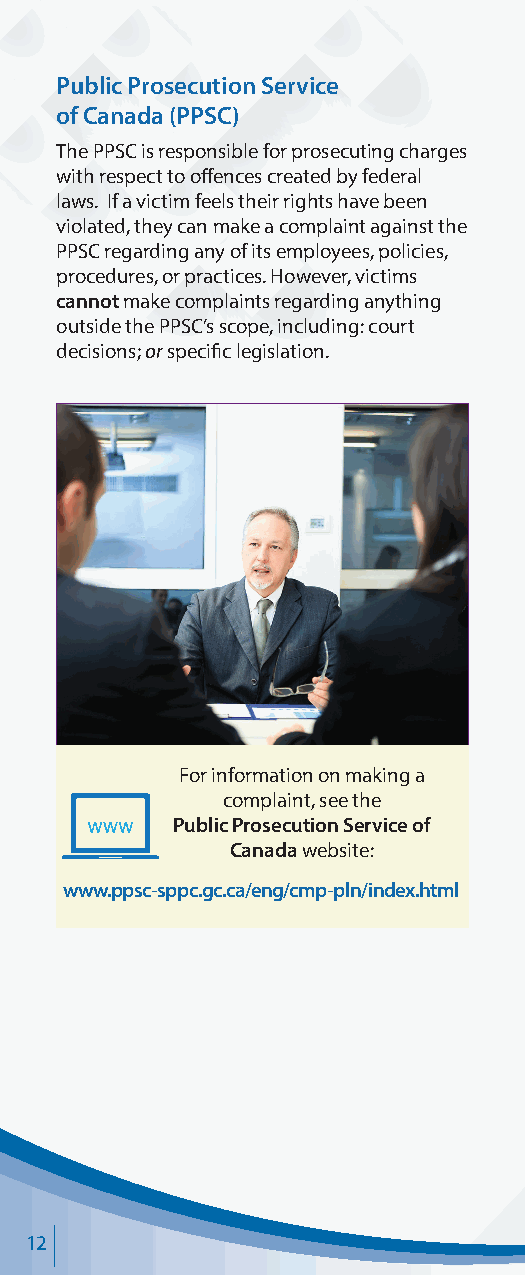
Public Prosecution Service
 of Canada (PPSC)
 The PPSC is responsible for prosecuting charges
 with respect to offences created by federal
 laws. If a victim feels their rights have been
 violated, they can make a complaint against the
 PPSC regarding any of its employees, policies,
 procedures, or practices. However, victims
 cannot make complaints regarding anything
 outside the PPSC’s scope, including: court
 decisions; or specific legislation.
 For information on making a
 complaint, see the
 Public Prosecution Service of
 Canada website:
 www.ppsc-sppc.gc.ca/eng/cmp-pln/index.html
 12